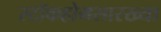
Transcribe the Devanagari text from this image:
स्टॉकहोमसारख्या